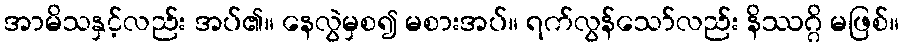
အာမိသနှင့်လည်း အပ်၏။ နေလွဲမှစ၍ မစားအပ်။ ရက်လွန်သော်လည်း နိဿဂ္ဂိ မဖြစ်။